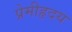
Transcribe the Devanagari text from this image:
प्रेमीहृदय